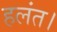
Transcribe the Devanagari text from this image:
हलंत।